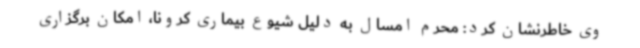
وی خاطرنشان کرد: محرم امسال به دلیل شیوع بیماری کرونا، امکان برگزاری